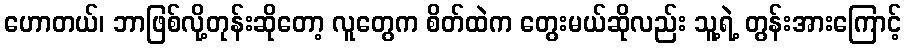
ဟောတယ်၊ ဘာဖြစ်လို့တုန်းဆိုတော့ လူတွေက စိတ်ထဲက တွေးမယ်ဆိုလည်း သူ့ရဲ့ တွန်းအားကြောင့်